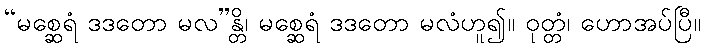
“မစ္ဆေရံ ဒဒတော မလ”န္တိ၊ မစ္ဆေရံ ဒဒတော မလံဟူ၍။ ဝုတ္တံ၊ ဟောအပ်ပြီ။